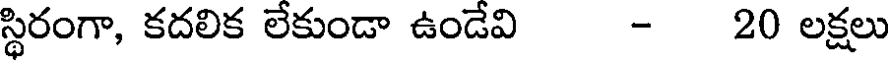
స్థిరంగా, కదలిక లేకుండా ఉండేవి - 20 లక్షలు